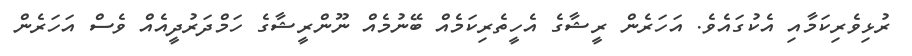
ރުޅިވެރިކަމާއި އެކުގައެވެ. އަހަރެން ރީޝާގެ އެހީތެރިކަމެއް ބޭނުމެއް ނޫންރީޝާގެ ހަމްދަރުދީއެއް ވެސް އަހަރެން